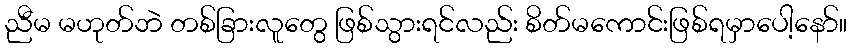
ညီမ မဟုတ်ဘဲ တစ်ခြားလူတွေ ဖြစ်သွားရင်လည်း စိတ်မကောင်းဖြစ်ရမှာပေါ့နော်။